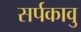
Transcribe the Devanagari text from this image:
सर्पकावु